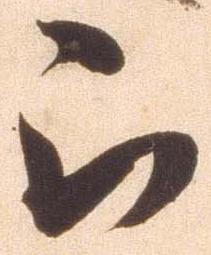
被